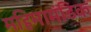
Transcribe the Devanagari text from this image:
महिमामंडिक